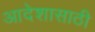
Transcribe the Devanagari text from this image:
आदेशासाठी